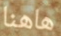
هاهنا